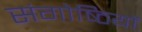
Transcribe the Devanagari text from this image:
संगोष्‍ठियों